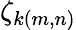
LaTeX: \zeta_{k(m,n)}